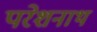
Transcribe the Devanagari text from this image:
परेशनाथ